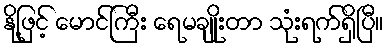
နို့ဖြင့် မောင်ကြီး ရေမချိုးတာ သုံးရက်ရှိပြီ။